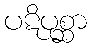
ပဋိပုစ္ဆာ